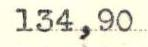
134,90